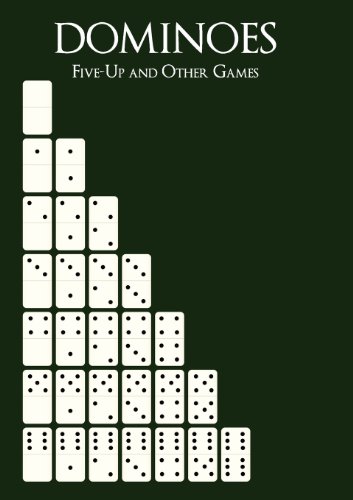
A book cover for Dominoes: Five-Up and Other Games; Dominic C. Armanino; Humor & Entertainment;